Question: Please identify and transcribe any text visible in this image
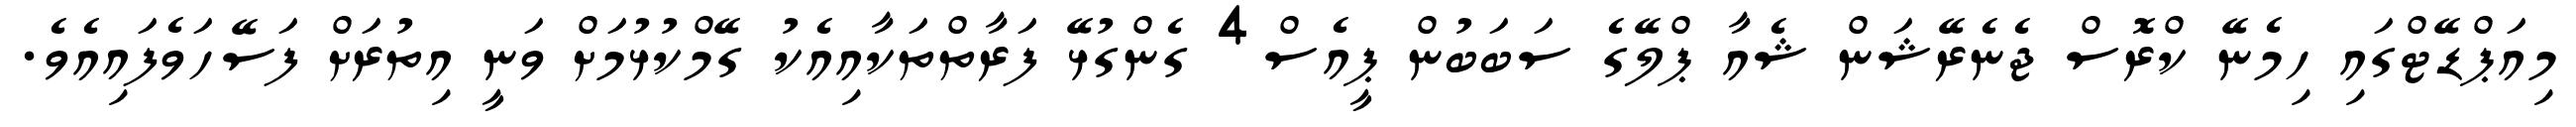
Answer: މިއަޕްޑޭޓްގައި ހިމެނޭ ކްރޮސް ޖެނެރޭޝަން ޝެއާ ޕްލޭގެ ސަބަބުން ޕީއެސް4 ގެންގުޅޭ ފަރާތްތަކާއިއެކު ގޭމްކުޅުމަށް ވަނީ އިތުރަށް ފަސޭހަވެފައިއެވެ.